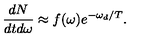
\frac { d N } { d t d \omega } \approx f ( \omega ) e ^ { - \omega _ { d } / T } .